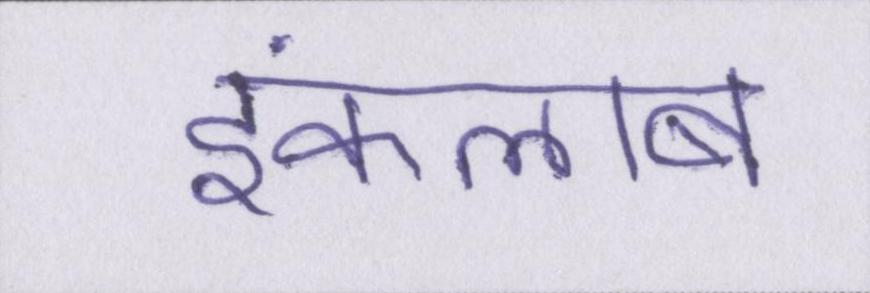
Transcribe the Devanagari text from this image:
इंकलाब